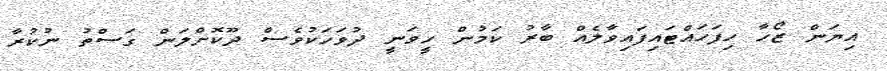
އިޔަން ޒޯހާ ހިފަހައްޓައިފައިވާލެއް ބާރު ކަމުން ހީވަނީ ދުވަހަކުވެސް ދޫކޮށްލަން ގަސްތު ނުކުރާ